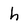
Character: h